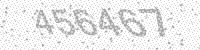
Solution: 456467